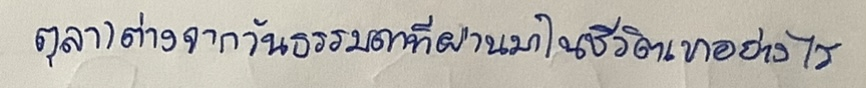
ตุลา)ต่างจากวันธรรมดาที่ผ่านมาในชีวิตเขาอย่างไร